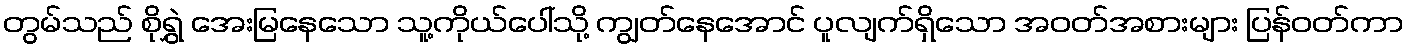
တွမ်သည် စိုရွှဲ အေးမြနေသော သူ့ကိုယ်ပေါ်သို့ ကျွတ်နေအောင် ပူလျက်ရှိသော အဝတ်အစားများ ပြန်ဝတ်ကာ